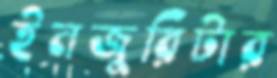
ইনজুরিটার